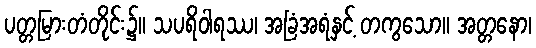
ပတ္တမြားတံတိုင်း၌။ သပရိဝါရဿ၊ အခြံအရံနှင့် တကွသော။ အတ္တနော၊